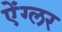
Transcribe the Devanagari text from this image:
ऐंग्लर